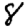
Digit: 8